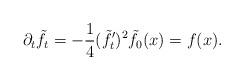
LaTeX: \begin{align*}\partial_{t}\tilde{f}_{t}=-\frac{1}{4}(\tilde{f}_{t}')^{2} \tilde{f}_{0}(x)=f(x).\end{align*}